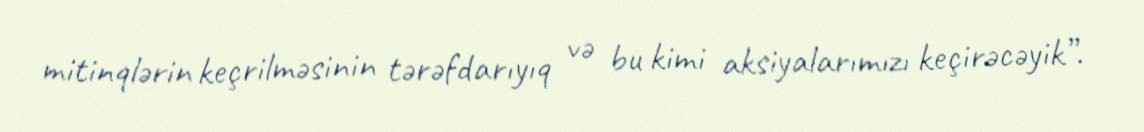
mitinqlərin keçrilməsinin tərəfdarıyıq və bu kimi aksiyalarımızı keçirəcəyik”.